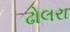
ઢોલરા